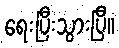
ရေးပြီးသွားပြီ။